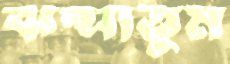
ঝল্‌সাতুম